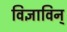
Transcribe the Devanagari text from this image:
विज्ञाविन्